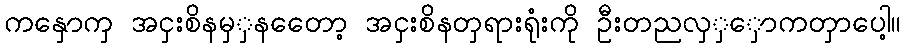
ကနှောကှ အငှးစိနမှှနတေော့ အငှးစိနတှရားရုံးကို ဦးတညလှှှောကတှာပေါ့။